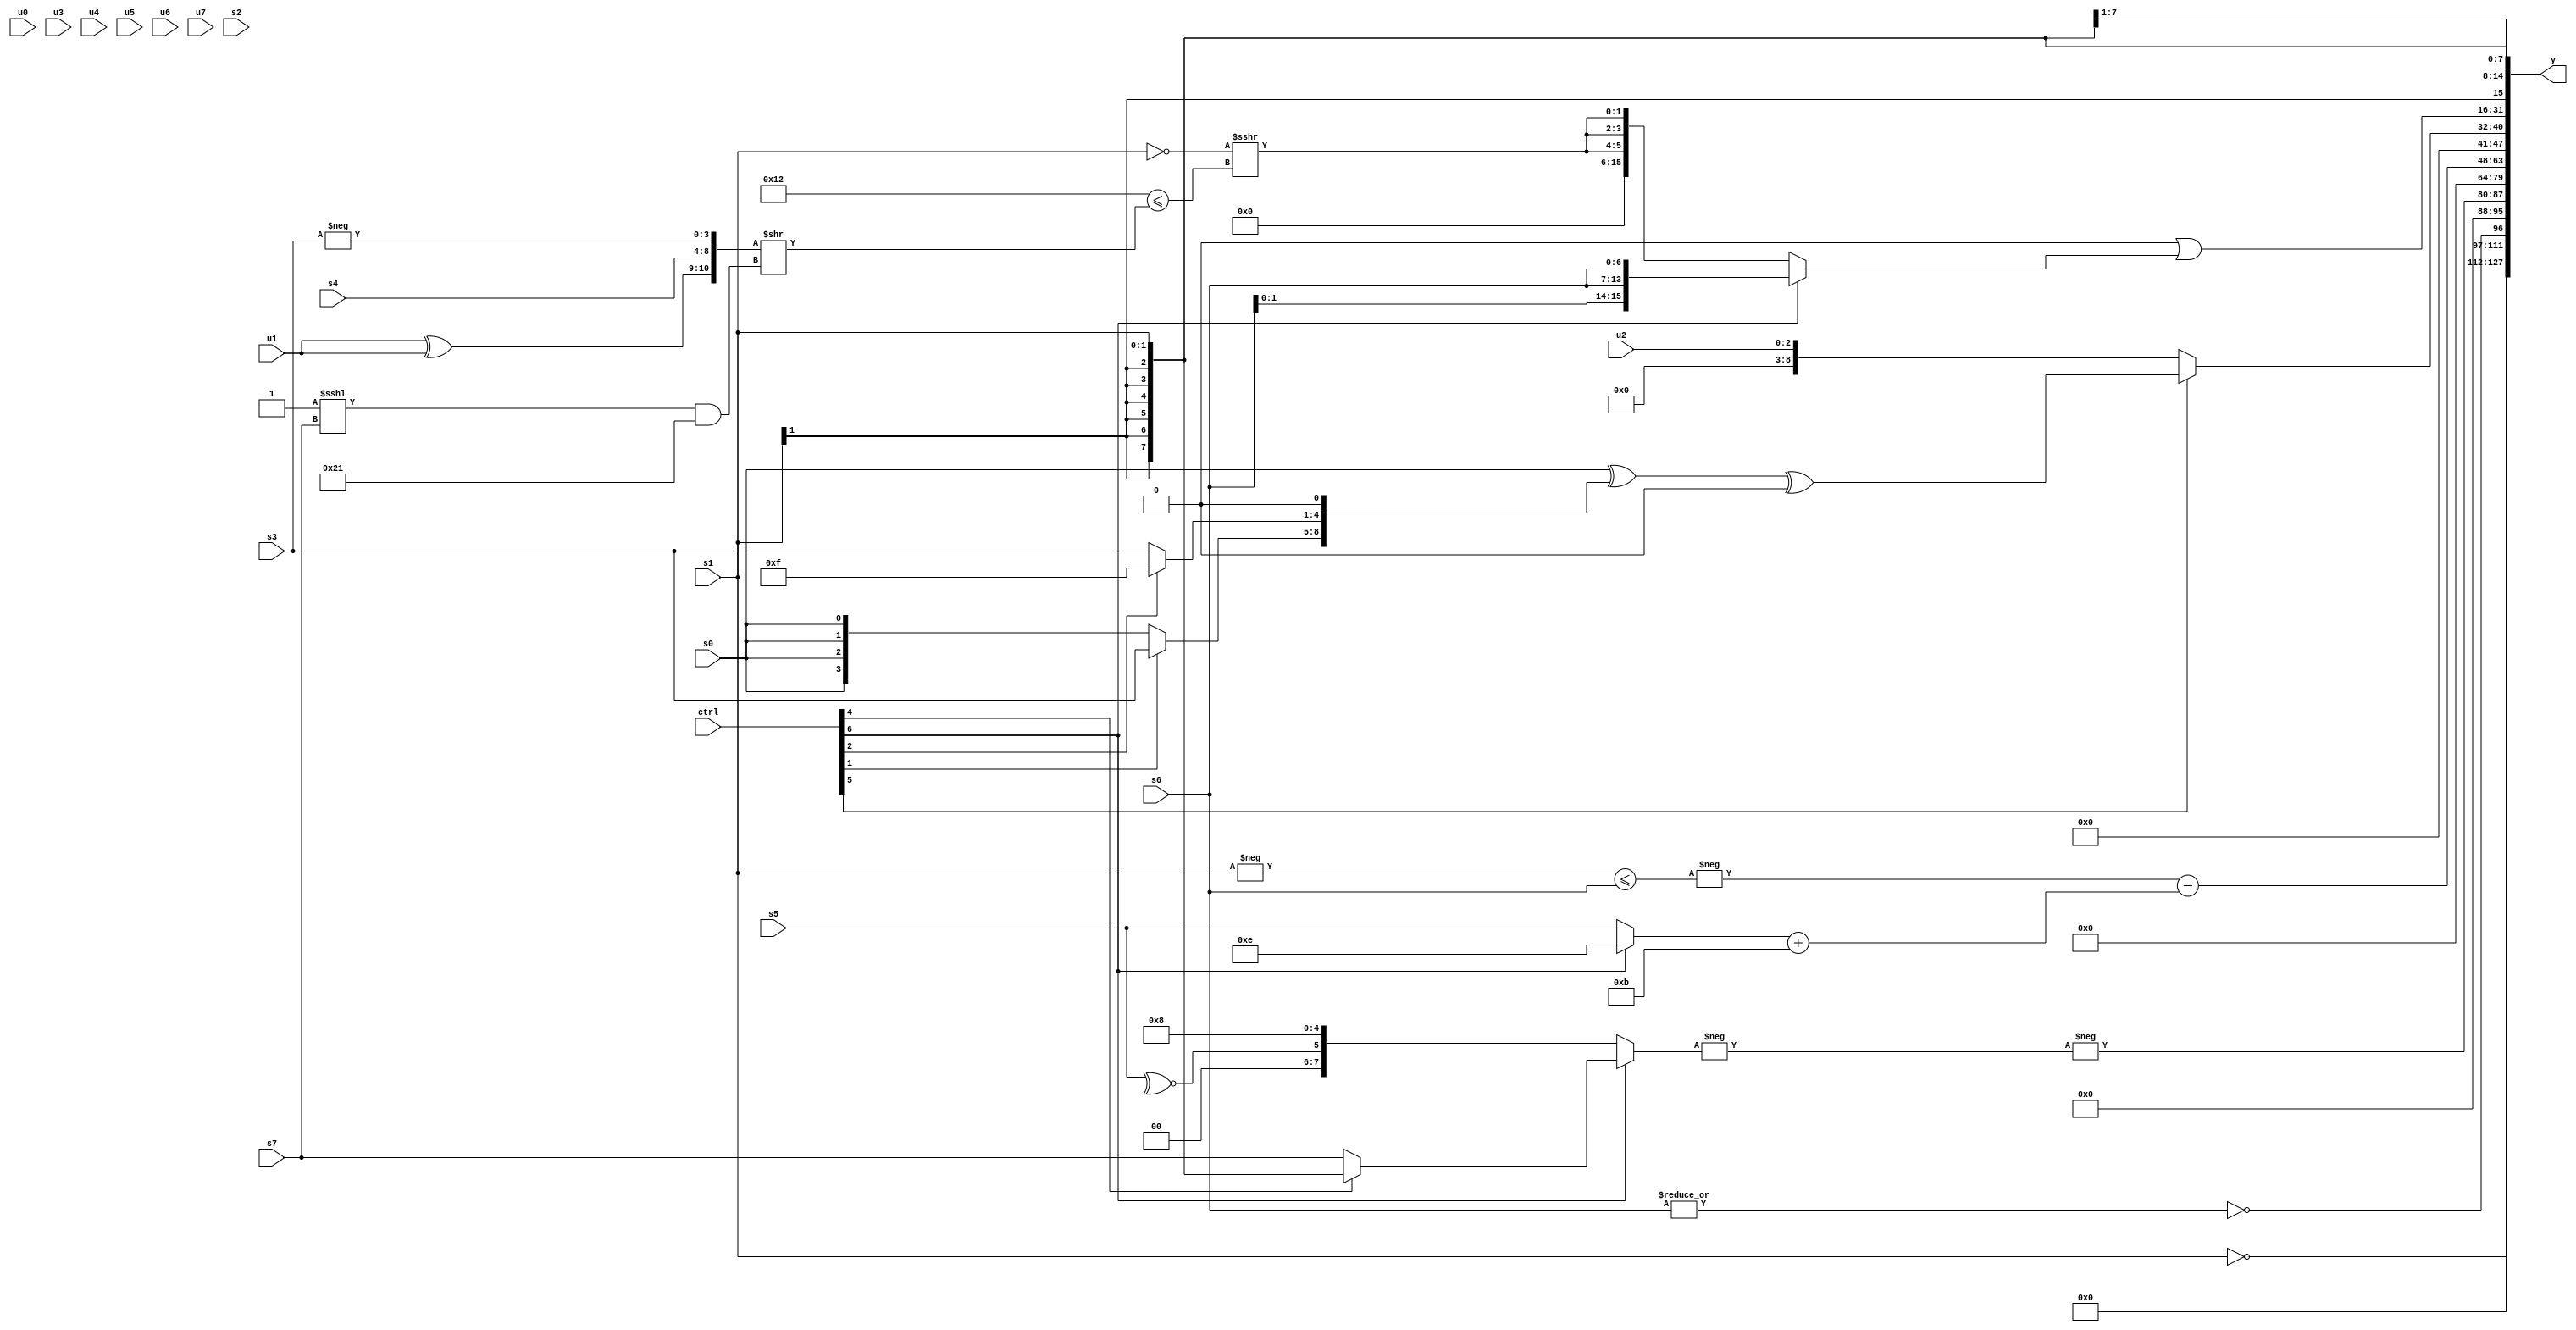
module wideexpr_00295(ctrl, u0, u1, u2, u3, u4, u5, u6, u7, s0, s1, s2, s3, s4, s5, s6, s7, y);
  input [7:0] ctrl;
  input [0:0] u0;
  input [1:0] u1;
  input [2:0] u2;
  input [3:0] u3;
  input [4:0] u4;
  input [5:0] u5;
  input [6:0] u6;
  input [7:0] u7;
  input signed [0:0] s0;
  input signed [1:0] s1;
  input signed [2:0] s2;
  input signed [3:0] s3;
  input signed [4:0] s4;
  input signed [5:0] s5;
  input signed [6:0] s6;
  input signed [7:0] s7;
  output [127:0] y;
  wire [15:0] y0;
  wire [15:0] y1;
  wire [15:0] y2;
  wire [15:0] y3;
  wire [15:0] y4;
  wire [15:0] y5;
  wire [15:0] y6;
  wire [15:0] y7;
  assign y = {y0,y1,y2,y3,y4,y5,y6,y7};
  assign y0 = ~(s1);
  assign y1 = ~|(s6);
  assign y2 = $unsigned(-($signed(-((ctrl[6]?$signed((ctrl[4]?s1:s7)):{~^(s5),$signed(5'sb01000)})))));
  assign y3 = 2'sb00;
  assign y4 = (-({(-(s1))<=(s6)}))-(($signed($signed((ctrl[6]?5'sb01110:s5))))+(4'sb1011));
  assign y5 = (ctrl[5]?{1{((($unsigned(s0))>>>(-(1'sb0)))^({(ctrl[1]?s3:s0),(ctrl[2]?1'sb1:s3),$unsigned(1'sb0)}))^({1{1'sb0}})}}:u2);
  assign y6 = (2'sb00)|((ctrl[6]?{4{s6}}:{3{$signed((~($signed(s1)))>>>((($signed(&(6'sb010110)))^($signed($signed(5'sb10010))))<=(({(1'sb1)<<<(2'b11),(u1)^(u1),$signed(s4),-(s3)})>>(((1'sb1)<<<(s7))&({2{5'sb00001}})))))}}));
  assign y7 = s1;
endmodule